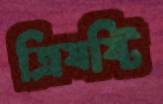
ত্রিষষ্টি